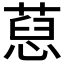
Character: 𦷚